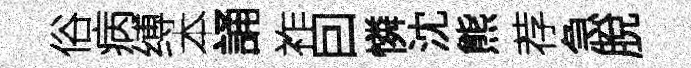
俗病缚本誦祚囙憐沈熊荐急脫